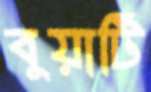
বুয়াটি